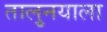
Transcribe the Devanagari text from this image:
तालु्नयाला